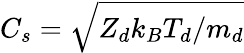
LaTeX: C_{s}=\sqrt{Z_{d}k_{B}T_{d}/m_{d}}